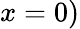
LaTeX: x=0)